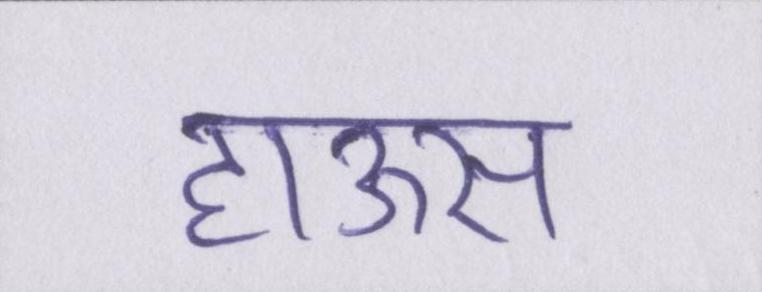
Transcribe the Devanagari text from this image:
हाऊस